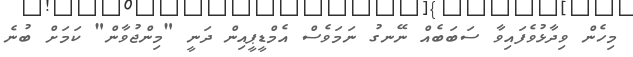
މިހެން ވިދާޅުވެފައިވާ ސަބަބެއް ނޭނގު ނަމަވެސް އެމްޑީޕީއިން ދަނީ "މިންޖުވާން" ކަމަށް ބުނެ